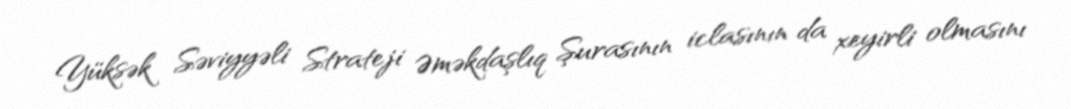
Yüksək Səviyyəli Strateji Əməkdaşlıq Şurasının iclasının da xeyirli olmasını